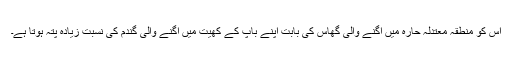
اس کو منطقہ معتدلہ حارہ میں اگنے والی گھاس کی بابت اپنے باپ کے کھیت میں اگنے والی گندم کی نسبت زیادہ پتہ ہوتا ہے۔